Indian journal of veterinary science and animal husbandry - Volume 1,
Year: 1931
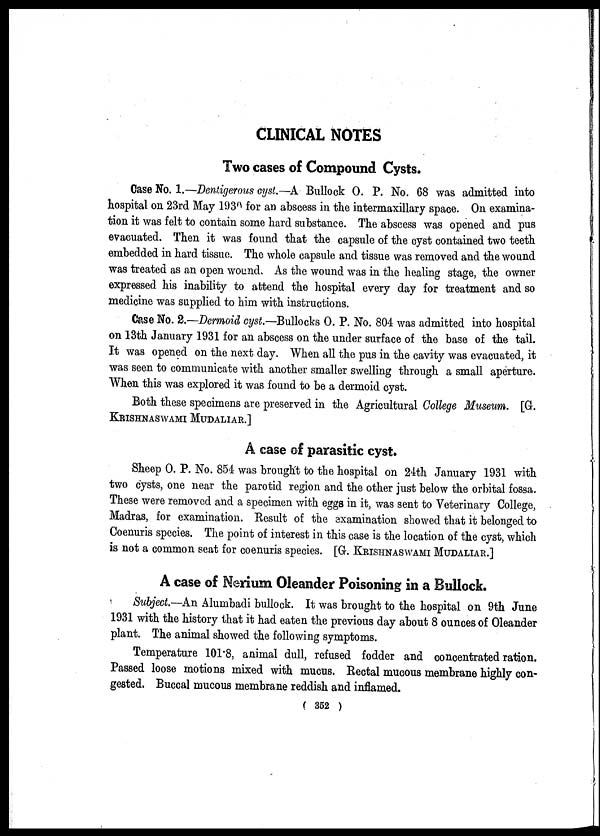
CLINICAL NOTES
Two cases of Compound Cysts.
Case No. 1.—Dentigerous cyst.—A Bullock O. P. No. 68 was admitted into
hospital on 23rd May 1930 for an abscess in the intermaxillary space. On examina-
tion it was felt to contain some hard substance. The abscess was opened and pus
evacuated. Then it was found that the capsule of the cyst contained two teeth
embedded in hard tissue. The whole capsule and tissue was removed and the wound
was treated as an open wound. As the wound was in the healing stage, the owner
expressed his inability to attend the hospital every day for treatment and so
medicine was supplied to him with instructions.
Case No. 2.—Dermoid cyst—Bullocks O. P. No. 804 was admitted into hospital
on 13th January 1931 for an abscess on the under surface of the base of the tail.
It was opened on the next day. When all the pus in the cavity was evacuated, it
was seen to communicate with another smaller swelling through a small aperture.
When this was explored it was found to be a dermoid cyst.
Both these specimens are preserved in the Agricultural College Museum. [G.
KRISHNASWAMI MUDALIAR.]
A case of parasitic cyst.
Sheep O. P. No. 854 was brought to the hospital on 24th January 1931 with
two cysts, one near the parotid region and the other just below the orbital fossa.
These were removed and a specimen with eggs in it, was sent to Veterinary College,
Madras, for examination. Result of the examination showed that it belonged to
Coenuris species. The point of interest in this case is the location of the cyst, which
is not a common seat for coenuris species. [G. KRISHNASWAMI MUDALIAR.]
A case of Nerium Oleander Poisoning in a Bullock.
Subject.—An Alumbadi bullock. It was brought to the hospital on 9th June
1931 with the history that it had eaten the previous day about 8 ounces of Oleander
plant. The animal showed the following symptoms.
Temperature 101.8, animal dull, refused fodder and concentrated ration.
Passed loose motions mixed with mucus. Rectal mucous membrane highly con-
gested. Buccal mucous membrane reddish and inflamed.
(352
)